Indian journal of veterinary science and animal husbandry - Volume 10,
Year: 1940
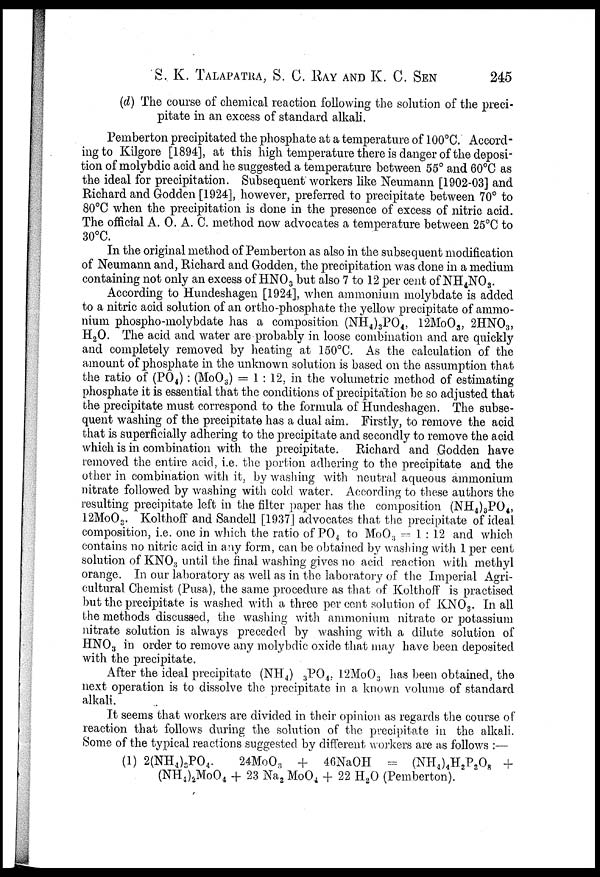
S. K. TALAPATRA, S. C. RAY AND K. C. SEN 245
(d) The course of chemical reaction following the solution of the preci-
pitate in an excess of standard alkali.
Pemberton precipitated the phosphate at a temperature of 100°C. Accord-
ing to Kilgore [1894], at this high temperature there is danger of the deposi-
tion of molybdic acid and he suggested a temperature between 55° and 60°C as
the ideal for precipitation. Subsequent workers like Neumann [1902-03] and
Richard and Godden [1924], however, preferred to precipitate between 70° to
80°C when the precipitation is done in the presence of excess of nitric acid.
The official A. 0. A. C. method now advocates a temperature between 25°C to
30°C.
In the original method of Pemberton as also in the subsequent modification
of Neumann and, Richard and Godden, the precipitation was done in a medium
containing not only an excess of HNO 3 but also 7 to 12 per cent of NH 4 NO 3 .
According to Hundeshagen [1924], when ammonium molybdate is added
to a nitric acid solution of an ortho-phosphate the yellow precipitate of ammo-
nium phospho-molybdate has a composition (NH 4 ) 3 PO 4 , 12MoO 3 , 2HNO 3 ,
H 2 O. The acid and water are probably in loose combination and are quickly
and completely removed by heating at 150°C. As the calculation of the
amount of phosphate in the unknown solution is based on the assumption that
the ratio of (PO 4 ): (MoO 3 ) = 1 : 12, in the volumetric method of estimating
phosphate it is essential that the conditions of precipitation be so adjusted that
the precipitate must correspond to the formula of Hundeshagen. The subse-
quent washing of the precipitate has a dual aim. Firstly, to remove the acid
that is superficially adhering to the precipitate and secondly to remove the acid
which is in combination with the precipitate. Richard and Godden have
removed the entire acid, i.e. the portion adhering to the precipitate and the
other in combination with it, by washing with neutral aqueous ammonium
nitrate followed by washing with cold water. According to these authors the
resulting precipitate left in the filter paper has the composition (NH 4 ) 3 PO 4 ,
12MoO 3 . Kolthoff and Sandell [1937] advocates that the precipitate of ideal
composition, i.e. one in which the ratio of PO 4 to MoO 3 — 1 : 12 and which
contains no nitric acid in any form, can be obtained by washing with 1 per cent
solution of KNO 3 until the final washing gives no acid reaction with methyl
orange. In our laboratory as well as in the laboratory of the Imperial Agri-
cultural Chemist (Pusa), the same procedure as that of Kolthoff is practised
but the precipitate is washed with a three per cent solution of KNO 3 . In all
the methods discussed, the washing with ammonium nitrate or potassium
nitrate solution is always preceded by washing with a dilute solution of
HNO 3 in order to remove any molybdic oxide that may have been deposited
with the precipitate.
After the ideal precipitate (NH 4 ) 3 PO 4 , 12MoO 3 has been obtained, the
next operation is to dissolve the precipitate in a known volume of standard
alkali.
It seems that workers are divided in their opinion as regards the course of
reaction that follows during the solution of the precipitate in the alkali.
Some of the typical reactions suggested by different workers are as follows :—
(1) 2(NH 4 )JPO 4 .
24MoO 3
+ 46NaOH = (NH 4 ) 4 H 2 P 2 O 8 +
(NH 4 ) 2 MoO 4 + 23 Na 2 MoO 4 + 22 H 2 O (Pemberton).